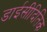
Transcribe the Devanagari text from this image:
डाईसीदितिक